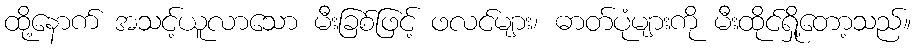
ထို့နောက် အသင့်ယူလာသော မီးခြစ်ဖြင့် ဖလင်များ၊ ဓာတ်ပုံများကို မီးထိုင်ရှို့တော့သည်။